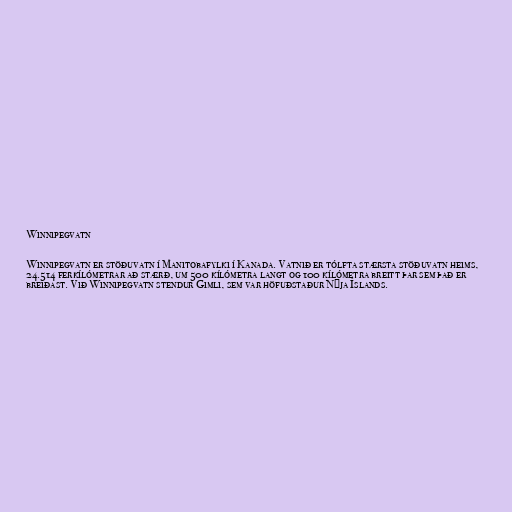
Winnipegvatn

Winnipegvatn er stöðuvatn í Manitobafylki í Kanada. Vatnið er tólfta stærsta stöðuvatn heims,
24.514 ferkílómetrar að stærð, um 500 kílómetra langt og 100 kílómetra breitt þar sem það er
breiðast. Við Winnipegvatn stendur Gimli, sem var höfuðstaður Nýja Íslands.